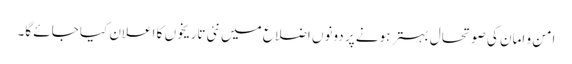
امن و امان کی صوتحال بہتر ہونے پر دونوں اضلاع میں نئی تاریخوں کا اعلان کیا جائے گا۔